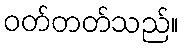
ဝတ်တတ်သည်။